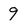
Character: 9